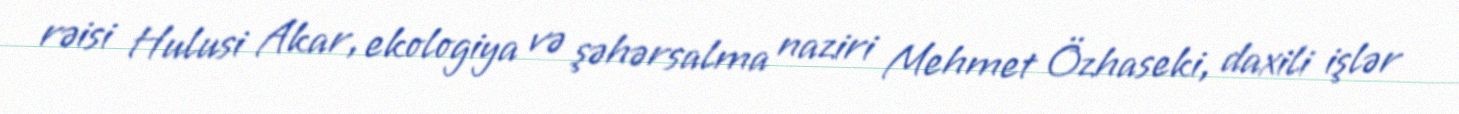
rəisi Hulusi Akar, ekologiya və şəhərsalma naziri Mehmet Özhaseki, daxili işlər